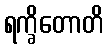
ရက္ခိတောတိ